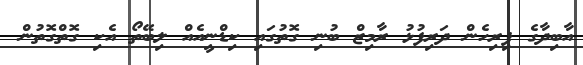
އާބިދާގެ ފިރިހެން ދަރިފުޅު ރާމިޒް ބުނި ގޮތުގައި ކިޑްނީއެއް ލިބޭތޯ އެކި ގޮތްގޮތުން